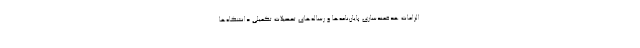
الزامات هدفمندسازی پایان‌نامه‌ها و رساله‌های تحصیلات تکمیلی دانشگاه‌ها